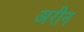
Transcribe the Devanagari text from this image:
अरीन